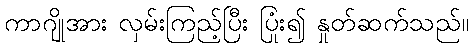
ကာဂျိုအား လှမ်းကြည့်ပြီး ပြုံး၍ နှုတ်ဆက်သည်။